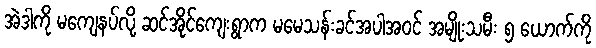
အဲဒါကို မကျေနပ်လို့ ဆင်အိုင်ကျေးရွာက မမေသန်းခင်အပါအဝင် အမျိုးသမီး ၅ ယောက်ကို